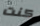
كنت